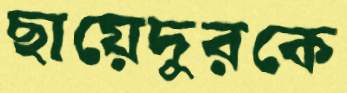
ছায়েদুরকে